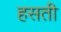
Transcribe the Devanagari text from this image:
हसती